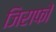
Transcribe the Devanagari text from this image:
जिराफों